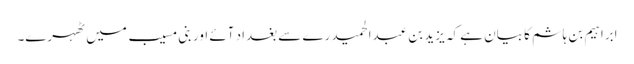
ابراہیم بن ہاشم کا بیان ہے کہ یزید بن عبدالحمید رے سے بغداد آئے اور بنی مسیب میں ٹھہرے۔